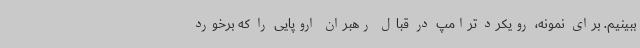
ببینیم. برای نمونه، رویکرد ترامپ در قبال رهبران اروپایی را که برخورد